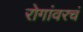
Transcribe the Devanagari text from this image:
रोगांवरचं